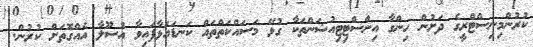
ކުރުންމިނިސްޓްރީގެ ދަށުން ހިންގާ އިންސްޓިޓިއުޝަންތަކާ ގުޅޭ މަސައްކަތްތައް ކަނޑައަޅާފައިވާ އުސޫލާ އެއްގޮތަށް ކުރުން.